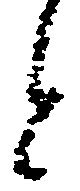
と